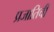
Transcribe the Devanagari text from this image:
प्रजातिची